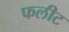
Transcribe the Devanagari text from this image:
फलीट